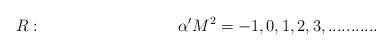
LaTeX: \begin{align*}R:~~~~~~~~~~~~~~~~~~~~~~~~~\alpha'M^2=-1,0,1,2,3,...........\end{align*}